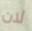
لان